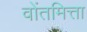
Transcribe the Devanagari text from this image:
वोंतमित्ता